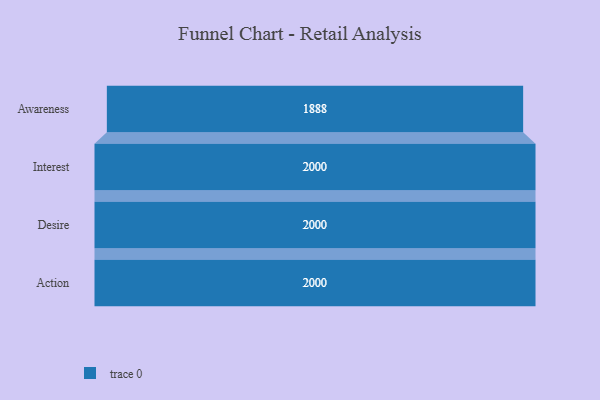
{"axis": {"x": "Stage", "y": "Value"}, "legend": [""], "data": [{"x": "Awareness", "y": 1888.0, "type": ""}, {"x": "Interest", "y": 2000, "type": ""}, {"x": "Desire", "y": 2000, "type": ""}, {"x": "Action", "y": 2000, "type": ""}]}